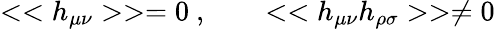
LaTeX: <<h_{\mu\nu}>>=0~,\qquad<<h_{\mu\nu}h_{\rho\sigma}>>\ne 0